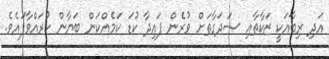
އަދި ރިބާއަކީ ޒަކާތާއި ޞަދަގާތަށް ވުރެން ފައިދާ ކުޑަ ކަމެއްކަން ބަޔާން ކުރައްވާފައެވެ.